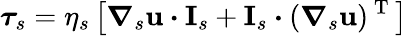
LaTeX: \boldsymbol{\tau}_{s}=\eta_{s}\left[\boldsymbol{\nabla}_{s}\mathbf{u}\boldsymbol{\cdot}\mathbf{I}_{s}+\mathbf{I}_{s}\boldsymbol{\cdot}(\boldsymbol{\nabla}_{s}\mathbf{u})^{\mathrm{~T~}}\right]